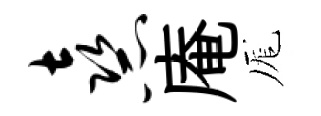
熹庵厖